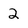
Character: 2